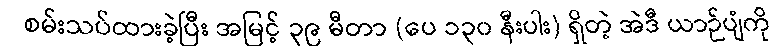
စမ်းသပ်ထားခဲ့ပြီး အမြင့် ၃၉ မီတာ (ပေ ၁၃၀ နီးပါး) ရှိတဲ့ အဲဒီ ယာဉ်ပျံကို